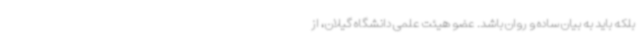
بلکه باید به بیان ساده و روان باشد. عضو هیئت علمی دانشگاه گیلان، از